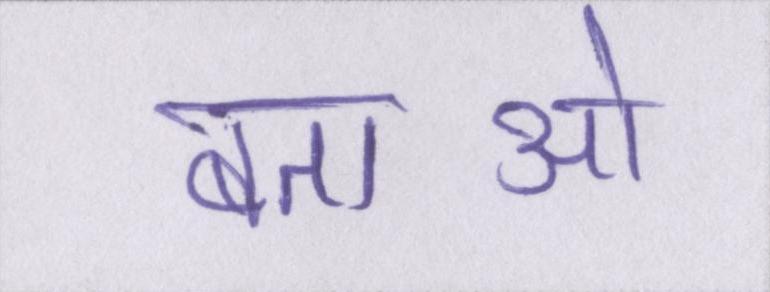
बताओ